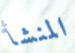
المنشأ